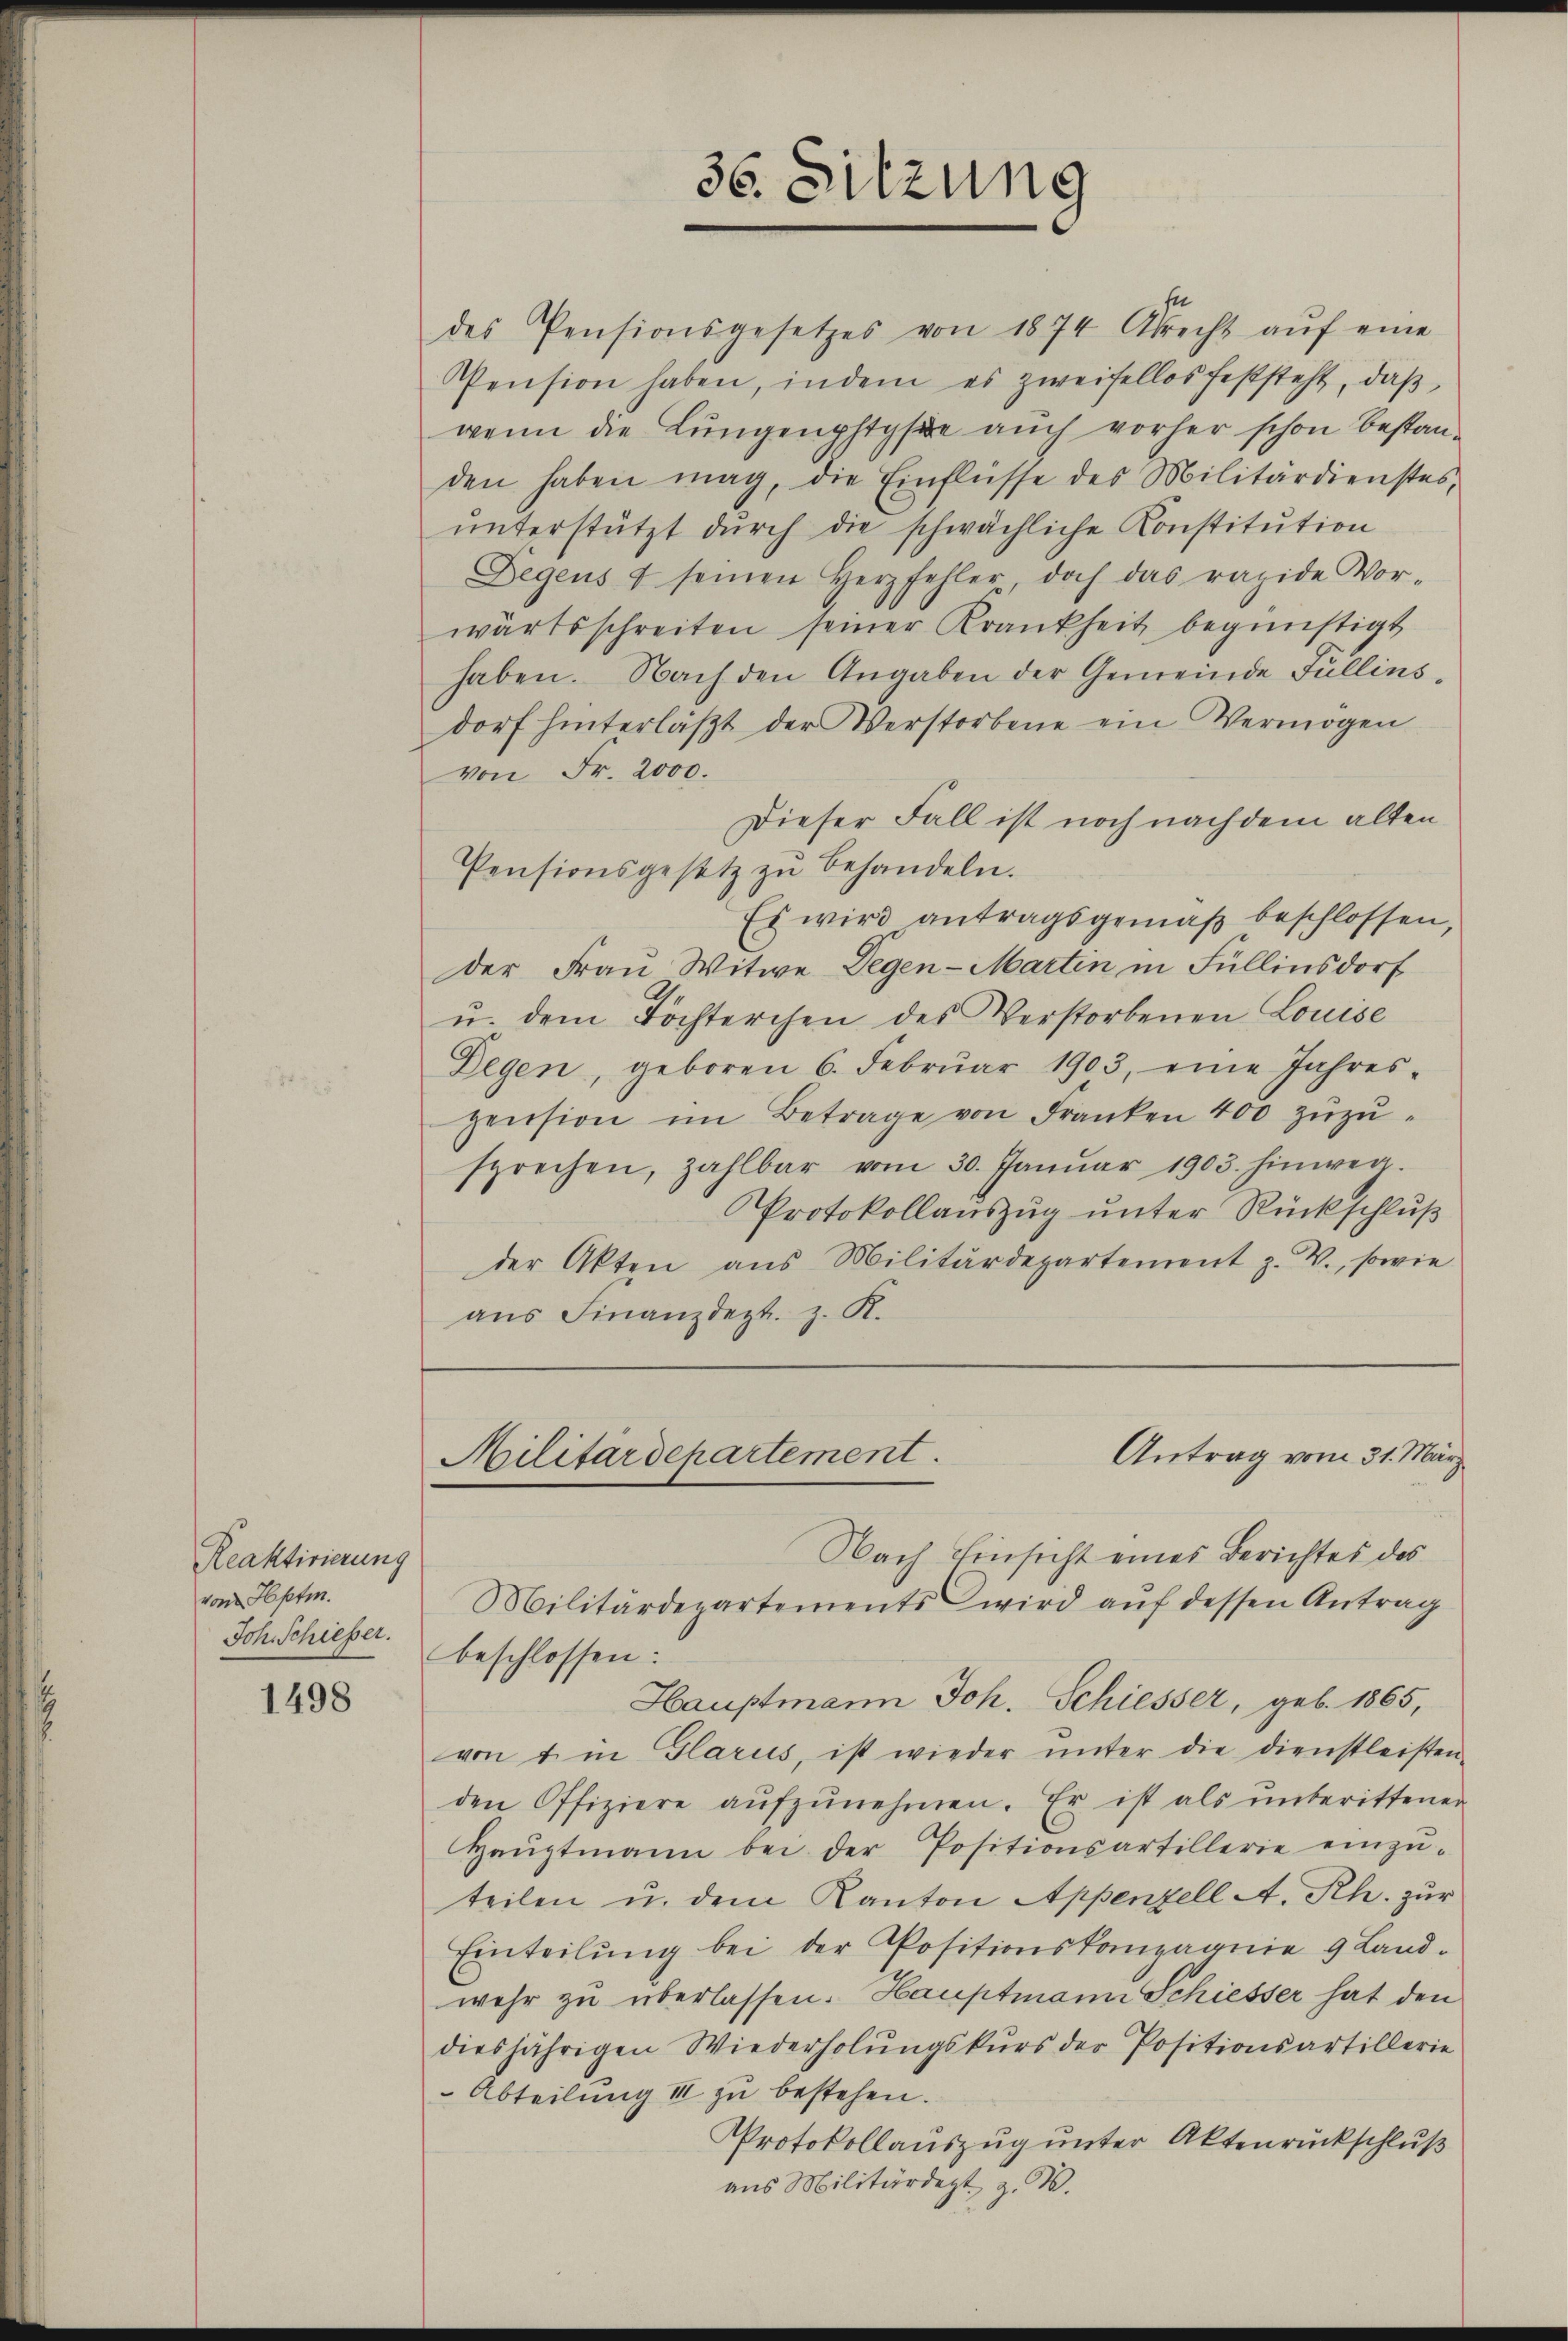
Reaktivierung
vom Hptm.
Joh. Schiesser.

1498

Degens u seinen Herzfehler doch das rapide Vor-
wärtsschreiten seiner Krankheit begünstigt
haben. Nach den Angaben der Gemeinde Fullinsdorf hinterläβt der Verstorbene ein Vermögen
von Fr. 2000.
Dieser Fall ist noch nachdem alten
Pensionsgesetz zŭ behandeln.
Es wird antragsgemäß beschlossen
der Frau Witwe Degen-Martin in Füllinsdorf
u. dem Tochterchen des Verstorbenen Louise
Degen, geboren 6. Febrŭar 1903, eine Jahres-
pension im Betrage von Franken 400 zŭzŭ-
sprechen, zahlbar vom 30. Janŭar 1903. hinweg.
Protokollauszug unter Rückschluß
der Akten aus Militärdepartement z. V., sowie
aus Finanzdept. z. K.
Antrag vom 31. März
Militärdepartement.
Nach Einsicht eines Berichtes des
Militärdepartements wird aŭf dessen Antrag
beschlossen:
Hauptmann Joh. Schiesser, geb. 1865,
von im Glarus, ist wieder ŭnter die dienstleisten-
den Offiziere aŭfzŭnehmen. Er ist als ŭnberittener
Haŭptmann bei der Positionsartillerie einzŭ-
teilen u. dem Kanton Appenzell A. Rh. zur
Einteilŭng bei der Positionskompagnie 9 Land-
wehr zu überlassen. Hauptmann Schiesser hat den
diesjährigen Wiederholŭngskurs der Positionsartillerie
Abteilung III zu bestehen.
Protokollauszug unter Aktenrückschluß
aus Militärdept, z. B.

36. Sitzung

des Pensionsgesetzes von 1874 Abrecht aŭf eine
Pension haben, indem es zweifellos feststeht, daβ
wenn die Lungenphtyse auch vorher schon bestanden haben mag, die Einflüsse des Militärdienstes,
ŭnterstützt dŭrch die schwächliche Konstitution